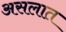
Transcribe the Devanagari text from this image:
असलात